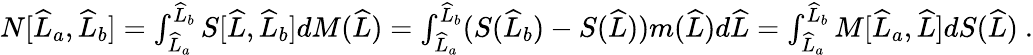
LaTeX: \begin{array}{r}{N[\widehat{L}_{a},\widehat{L}_{b}]=\int_{\widehat{L}_{a}}^{\widehat{L}_{b}}S[\widehat{L},\widehat{L}_{b}]dM(\widehat{L})=\int_{\widehat{L}_{a}}^{\widehat{L}_{b}}(S(\widehat{L}_{b})-S(\widehat{L}))m(\widehat{L})d\widehat{L}=\int_{\widehat{L}_{a}}^{\widehat{L}_{b}}M[\widehat{L}_{a},\widehat{L}]dS(\widehat{L})\ .}\end{array}